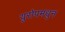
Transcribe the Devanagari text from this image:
युरोपमधुन